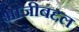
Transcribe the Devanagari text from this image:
भाजीबद्दल